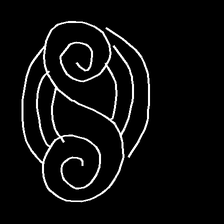
Glyph: wind-underfoot